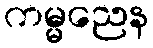
ကမ္မညေန